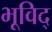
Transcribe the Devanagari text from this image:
भूविद्